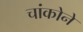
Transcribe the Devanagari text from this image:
चांकोने